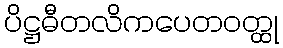
ပိဋ္ဌဓီတလိကပေတဝတ္ထု